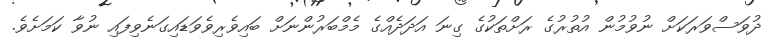
ދުވަސްވަރަކަށް ނުވުމުން އުތުރުގެ ރަށްތަކުގެ ގިނަ އަދަދެއްގެ މެމްބަރުންނަށް ބައިވެރިވެވަޑައިގަނެވިފައި ނުވާ ކަމަށެވެ.